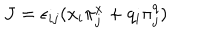
J = \epsilon _ { i j } ( x _ { i } \pi _ { j } ^ { x } + q _ { i } \pi _ { j } ^ { q } )